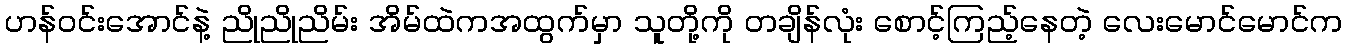
ဟန်ဝင်းအောင်နဲ့ ညိုညိုညိမ်း အိမ်ထဲကအထွက်မှာ သူတို့ကို တချိန်လုံး စောင့်ကြည့်နေတဲ့ လေးမောင်မောင်က